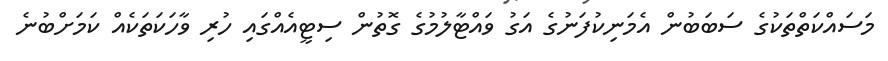
މަސައްކަތްތަކުގެ ސަބަބުން އެމަނިކުފަނުގެ އަގު ވައްޓާލުމުގެ ގޮތުން ސިޓީއެއްގައި ހުރި ވާހަކަތަކެއް ކަމަށްބުނެ